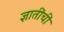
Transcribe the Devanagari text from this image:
ज्ञातींचीं